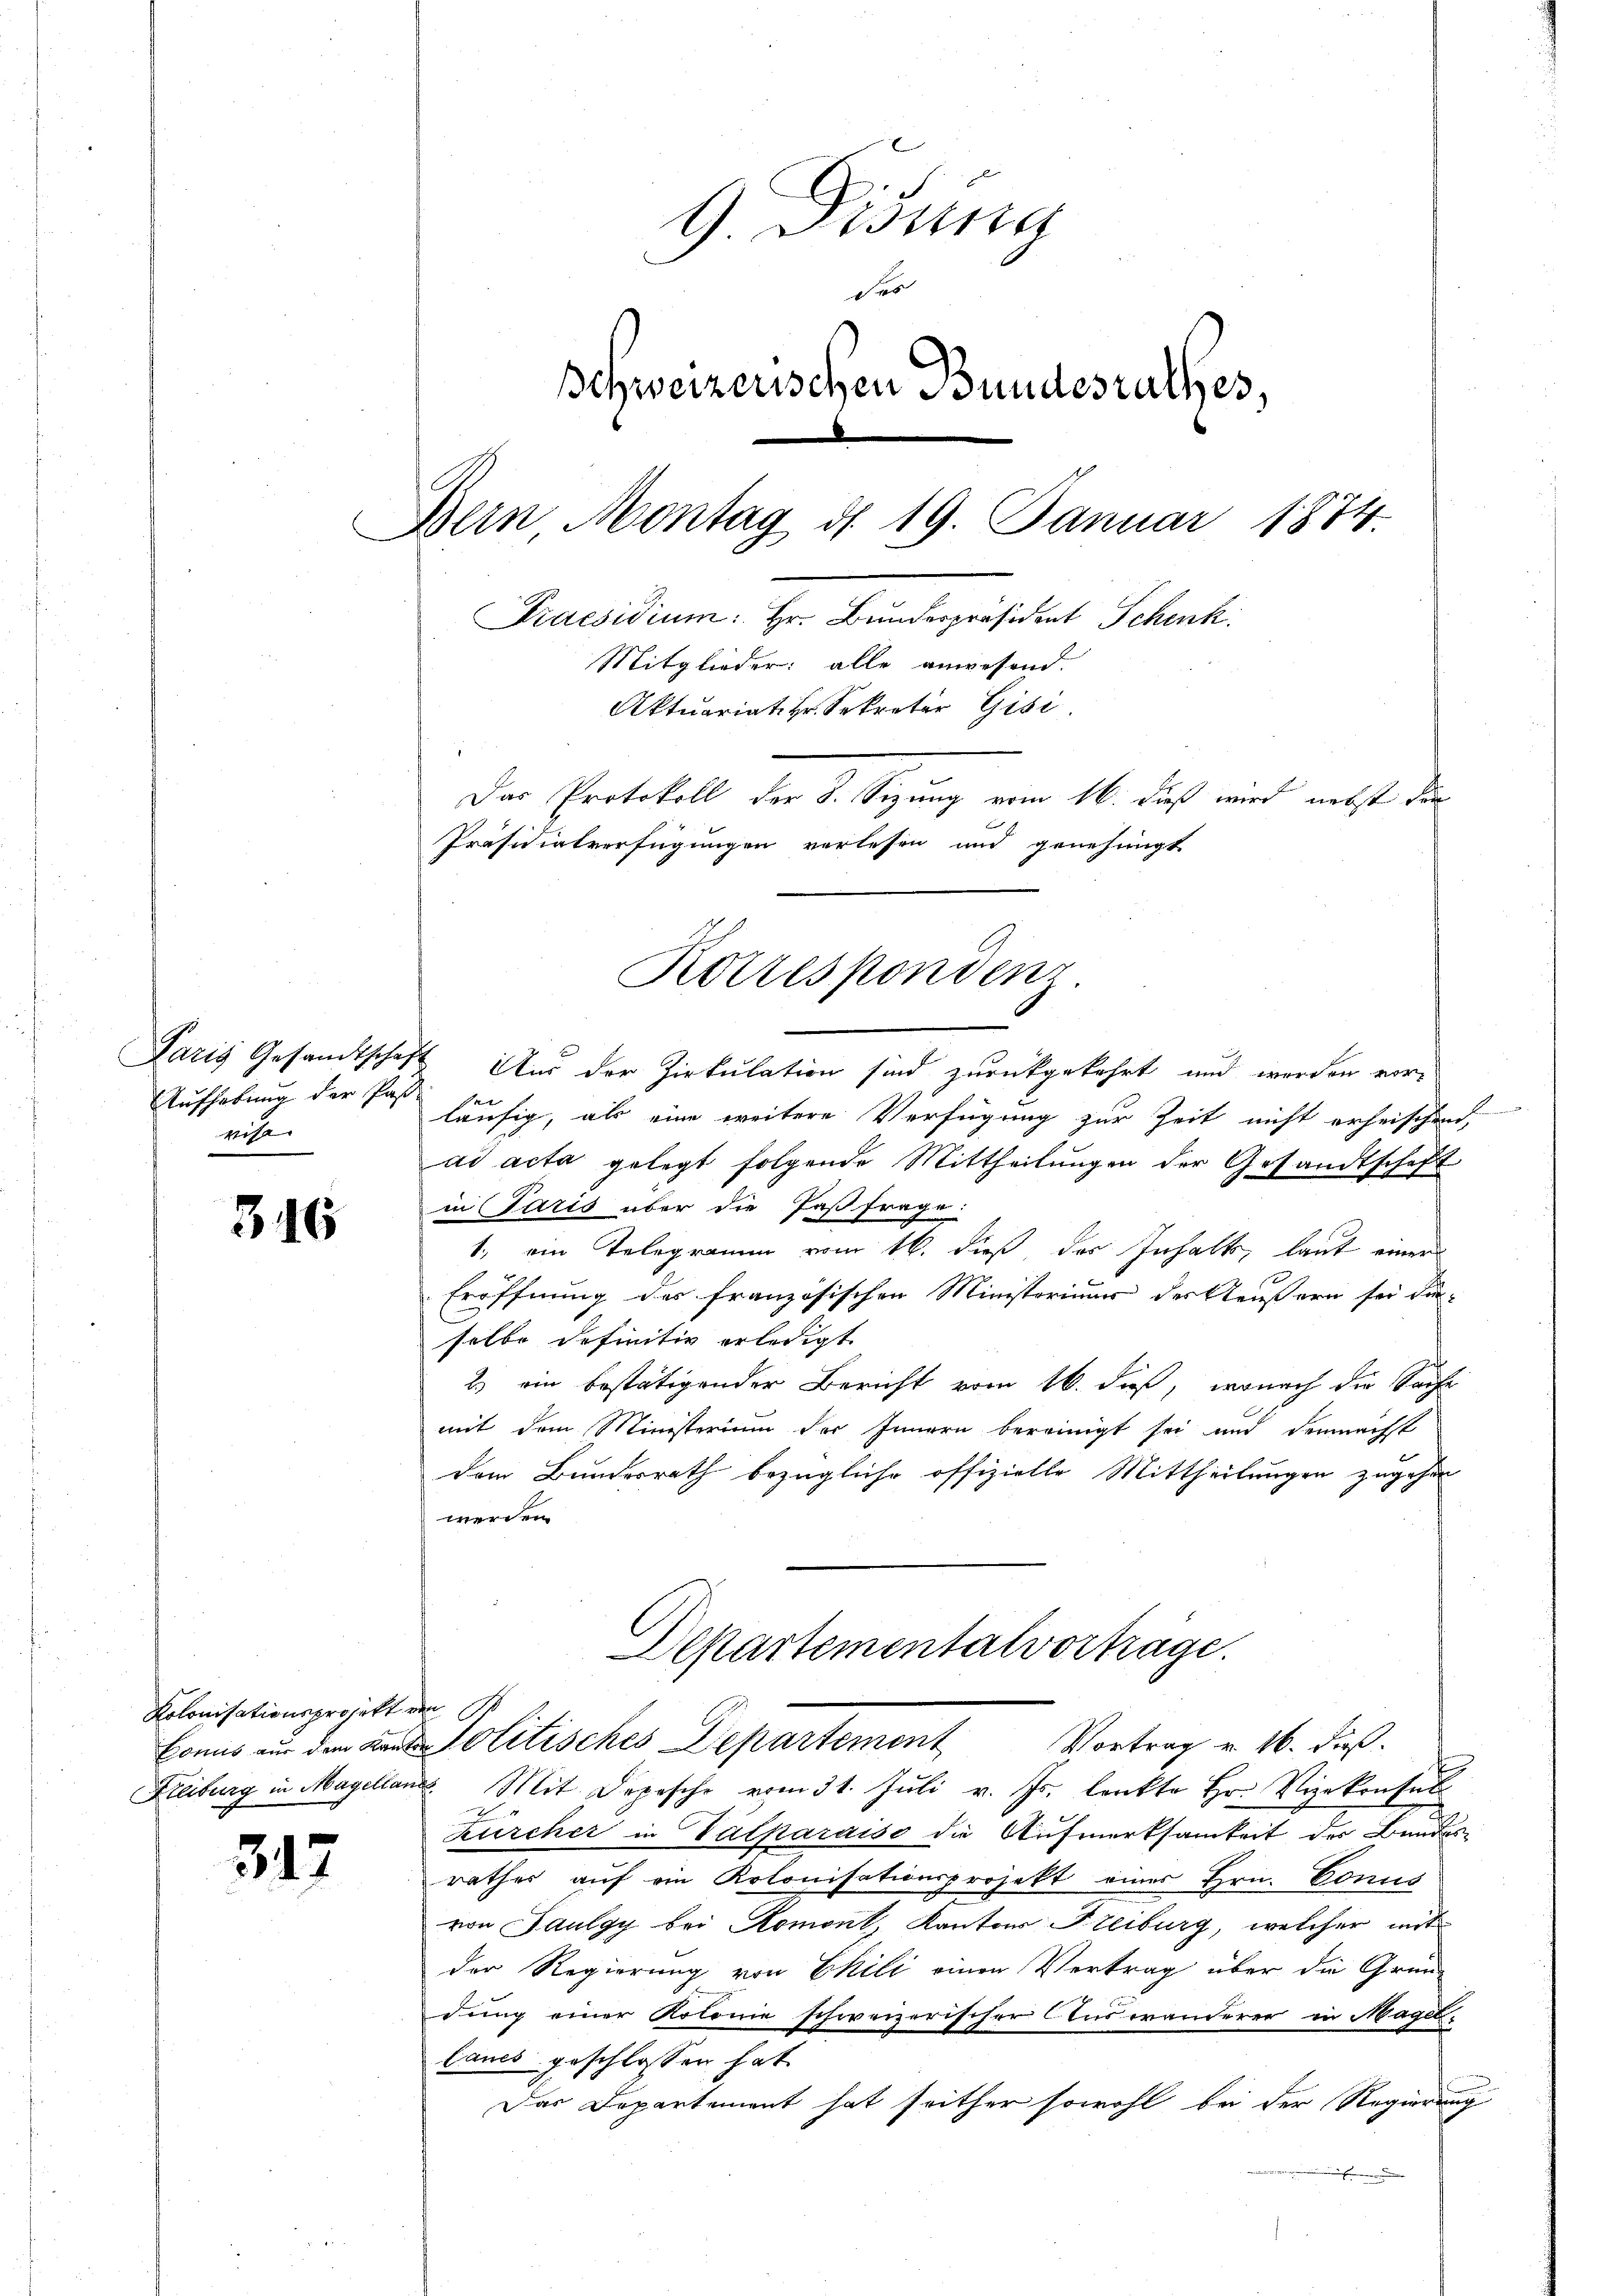
Aufhebung der Pas
rist. |

316

Kolonisationsprojekt von

317

G. Disung
des
Schweizerischen Bundesrathes,
Bern Montag d. 19. Januar 1874.
Praesidium. Hr. Bundespräsident Schenk.
Mitglieder: alle anwesend.
Aktuariat. Hr. Sekretär Gisi
Das Protokoll der 8. Sizung vom 16. dieß wird nebst der
Präsidialverfügungen verlesen und genehmigt

Korrespondenz

Paris Gesandtschaft. Aus der Zirkulation sind zurückgekehrt und werden vore
läufig, als eine weitere Verfügung zur Zeit nicht erheischend.
ad acta gelegt folgende Mittheilungen der Gesandtschaft
in Paris über die Paß frage:
1., ein Telegramm vom 16. dieß, des Inhalts, laut einer
Eröffnung des französischen Ministorium der Aeußern sei die
selbe definitiv erledigt.
2.) ein bestätigender Bericht vom 16. daß, wonach der Sache
mit dem Ministerium der Innern bereinigt sei und demnächst
dem Bundesrath bezügliche offizielle Mittheilungen zugehen
werden.

Departementalvorträge.
Conus nur den und Politisches Departement Vortrag u. 16. diβ.

Keiburg in Magelland. Mit Depesche vom 31. Jŭli v. Js. lenkte Hr. Vizekonsul
Zürcher in Valparaiso die Aufmerksamkeit des Bundesrathes auf ein Kolonisationsprojekt eines Hrn. Conns
von Saulgy bei Romont, Kantons Freiburg, welcher mit
der Regierung von Ekili einen Vertrag über die Grund-
dung einer Kolonie schweizerischer Auswanderer in Magel,
lanes geschlossen hat.
Das Departement hat seither sowohl bei der Regierung